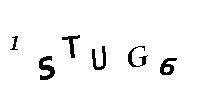
1STUG6